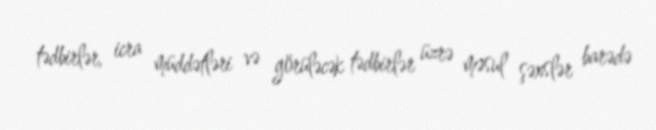
tədbirlər, icra müddətləri və görüləcək tədbirlər üzrə məsul şəxslər barədə